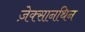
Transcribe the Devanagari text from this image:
ज़ेक्सानथिन